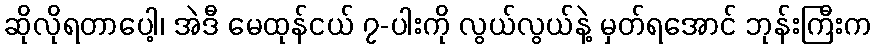
ဆိုလိုရတာပေါ့၊ အဲဒီ မေထုန်ငယ် ၇-ပါးကို လွယ်လွယ်နဲ့ မှတ်ရအောင် ဘုန်းကြီးက